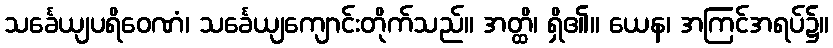
သင်္ခေယျပရိဝေဏံ၊ သင်္ခေယျကျောင်းတိုက်သည်။ အတ္ထိ၊ ရှိ၏။ ယေန၊ အကြင်အရပ်၌။